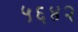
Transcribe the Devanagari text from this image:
५६४२